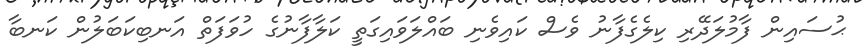
ޙުސައިން ފާމުލަދޭރި ކިލެގެފާނު ވެސް ކައިވެނި ބައްލަވައިގަތީ ކަލާފާނުގެ ހުވަފަތް އަނބިކަބަލުން ކަނބާ